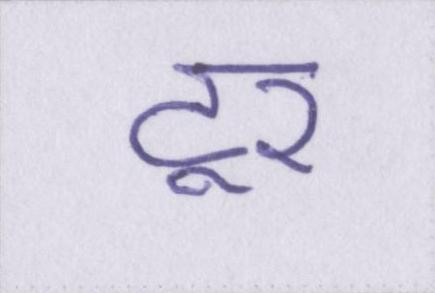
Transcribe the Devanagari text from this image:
टूर